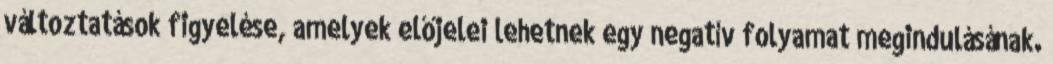
változtatások figyelése, amelyek előjelei lehetnek egy negatív folyamat megindulásának.